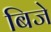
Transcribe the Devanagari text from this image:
बिजे